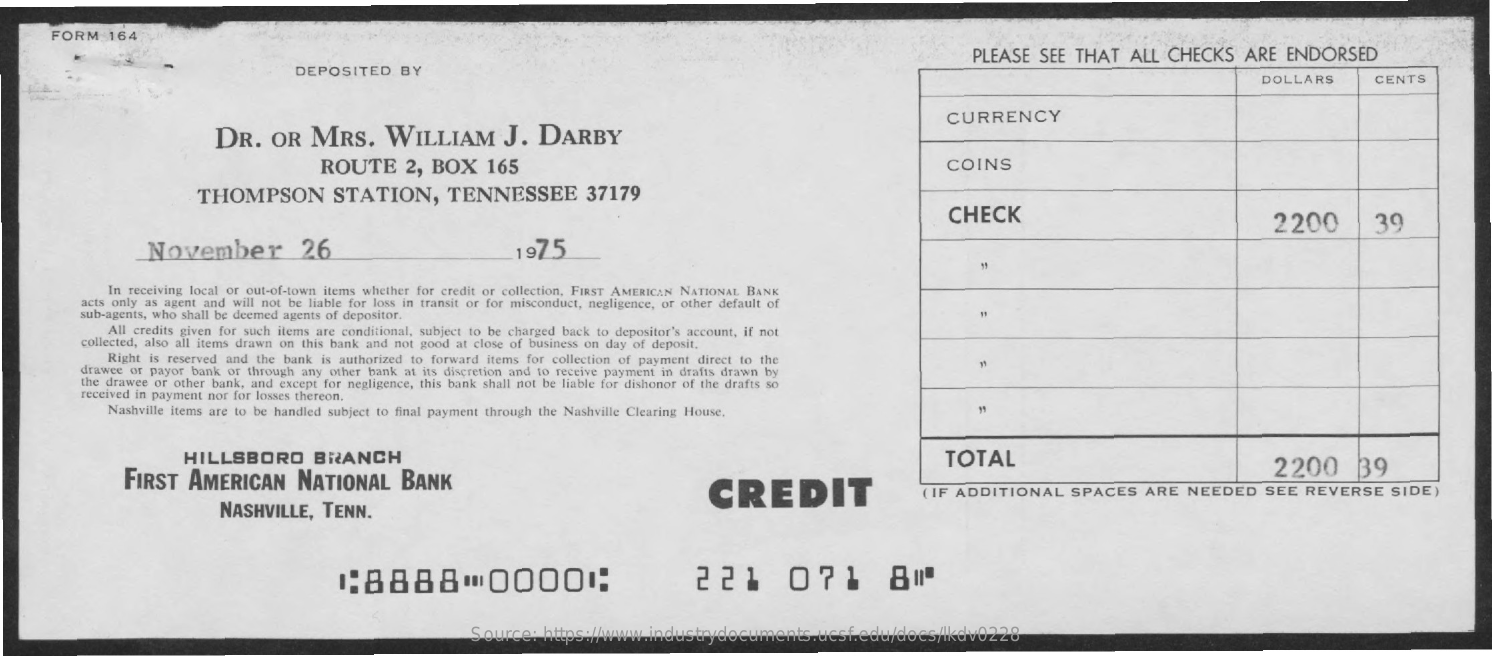
FORM    164
     PLEASE   SEE  THAT   ALL  CHECKS    ARE   ENDORSED
     DEPOSITED    BY
     DOLLARS    CENTS
     DR.   OR    MRS.    WILLIAM    J.   DARBY
     CURRENCY
     ROUTE    2,  BOX    165    COINS
     THOMPSON    STATION,    TENNESSEE    37179
     CHECK    2200    39
     November    26    1975
     In receiving local or out-of-town items whether for credit or collection, FIRST AMERICAN NATIONAL BANK
     acts only as agent and will not be liable for loss in transit or for misconduct, negligence, or other default of
     sub-agents, who shall be deemed agents of depositor.
     All credits given for such items are conditional, subject to be charged back to depositor's account, if not
     collected, also all items drawn on this bank and not good at close of business on day of deposit.
     Right is reserved and the bank is authorized to forward items for collection of payment direct to the
     drawee or payor bank or through any other bank at its discretion and to receive payment in drafts drawn by
     the drawee or other bank, and except for negligence, this bank shall not be liable for dishonor of the drafts so
     received in payment nor for losses thereon.
     Nashville items are to be handled subject to final payment through the Nashville Clearing House,
     HILLSBORO    BRANCH
     FIRST   AMERICAN    NATIONAL    BANK
     TOTAL
     CREDIT
     2200    39
     NASHVILLE,    TENN.
     ( IF ADDITIONAL    SPACES    ARE   NEEDED    SEE  REVERSE    SIDE)
     :8888    00001:    221    071    800
     Source:  https://www.industrydocuments.ucsf.edu/docs/lkdv0228